Vaccination North-Western Provinces 1866-1877 - 1866-1877
Year: 1866
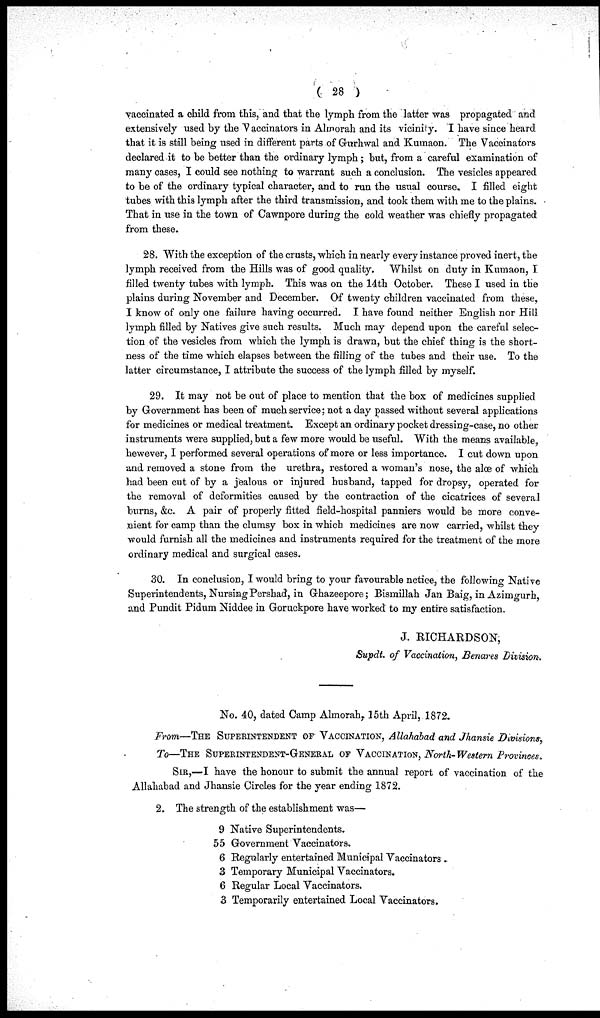
( 28 )
vaccinated a child from this, and that the lymph from the latter was propagated and
extensively used by the Vaccinators in Almorah and its vicinity. I have since heard
that it is still being used in different parts of Gurhwal and Kumaon. The Vaccinators
declared it to be better than the ordinary lymph ; but, from a careful examination of
many cases, I could see nothing to warrant such a conclusion. The vesicles appeared
to be of the ordinary typical character, and to run the usual course. I filled eight
tubes with this lymph after the third transmission, and took them with me to the plains.
That in use in the town of Cawnpore during the cold weather was chiefly propagated
from these.
28. With the exception of the crusts, which in nearly every instance proved inert, the
lymph received from the Hills was of good quality. Whilst on duty in Kumaon, I
filled twenty tubes with lymph. This was on the 14th October. These I used in the
plains during November and December. Of twenty children vaccinated from these,
I know of only one failure having occurred. I have found neither English nor Hill
lymph filled by Natives give such results. Much may depend upon the careful selec-
tion of the vesicles from which the lymph is drawn, but the chief thing is the short-
ness of the time which elapses between the filling of the tubes and their use. To the
latter circumstance, I attribute the success of the lymph filled by myself.
29. It may not be out of place to mention that the box of medicines supplied
by Government has been of much service; not a day passed without several applications
for medicines or medical treatment. Except an ordinary pocket dressing-case, no other
instruments were supplied, but a few more would be useful. With the means available,
hewever, I performed several operations of more or less importance. I cut down upon
and removed a stone from the urethra, restored a woman's nose, the aloe of which
had been cut of by a jealous or injured husband, tapped for dropsy, operated for
the removal of deformities caused by the contraction of the cicatrices of several
burns, &c. A pair of properly fitted field-hospital panniers would be more conve-
nient for camp than the clumsy box in which medicines are now carried, whilst they
would furnish all the medicines and instruments required for the treatment of the more
ordinary medical and surgical cases.
30. In conclusion, I would bring to your favourable notice, the following Native
Superintendents, Nursing Pershad, in Ghazeepore; Bismillah Jan Baig, in Azimgurh,
and Pundit Pidum Niddee in Goruckpore have worked to my entire satisfaction.
J. RICHARDSON,
Supdt. of Vaccination, Benares Division.
No. 40, dated Camp Almorah, 15th April, 1872.
From—THE SUPERINTENDENT OF VACCINATION, Allahabad and Jhansie Divisions,
To—THE SUPERINTENDENT-GENERAL OF VACCINATION, North- Western Provinces.
SIR,—I have the honour to submit the annual report of vaccination of the
Allahabad and Jhansie Circles for the year ending 1872.
2. The strength of the establishment was—
9 Native Superintendents.
55 Government Vaccinators.
6 Regularly entertained Municipal Vaccinators .
3 Temporary Municipal Vaccinators.
6 Regular Local Vaccinators.
3 Temporarily entertained Local Vaccinators.